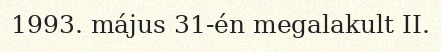
1993. május 31-én megalakult II.